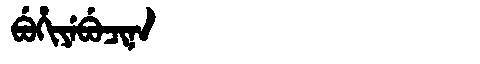
Manchu: ᠪᡠᡥᡳᠶᡝᠪᡠᠴᡳᠨᠠ
Romanization: BUHIYEBUCINA